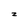
Character: z